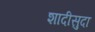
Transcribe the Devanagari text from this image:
शादीसुदा